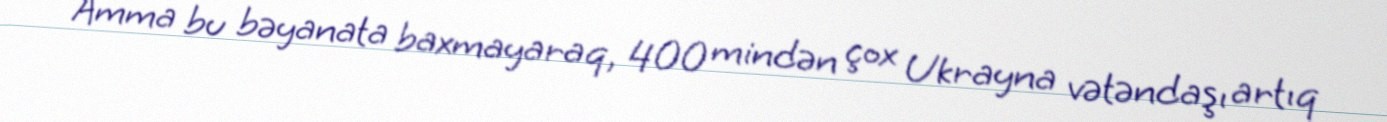
Amma bu bəyanata baxmayaraq, 400 mindən çox Ukrayna vətəndaşı artıq